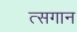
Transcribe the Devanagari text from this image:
त्सगान